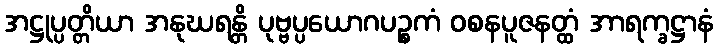
အဋ္ဌုပ္ပတ္တိယာ အနုဃရန္တိ ပုဗ္ဗပ္ပယောဂပဉ္စကံ ဝစနပူဇနတ္ထံ အာရက္ခဋ္ဌာနံ